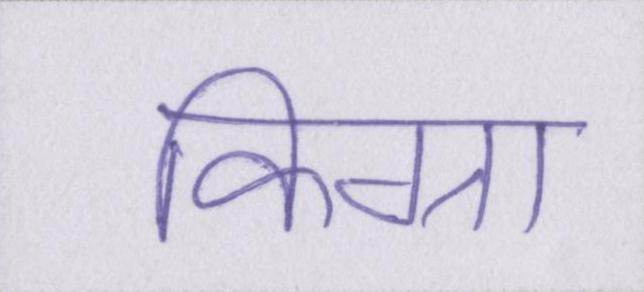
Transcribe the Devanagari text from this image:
किग्रा